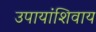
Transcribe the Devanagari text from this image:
उपायांशिवाय